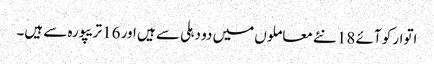
اتوار کو آئے 18 نئے معاملوں میں دو دہلی سے ہیں اور 16 تریپورہ سے ہیں۔